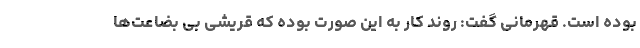
بوده است. قهرمانی گفت: روند کار به این صورت بوده که قریشی بی بضاعت‌ها